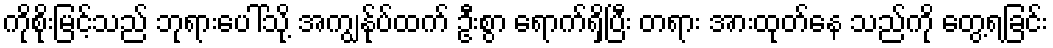
ကိုစိုးမြင့်သည် ဘုရားပေါ်သို့ အကျွန်ုပ်ထက် ဦးစွာ ရောက်ရှိပြီး တရား အားထုတ်နေ သည်ကို တွေ့ရခြင်း